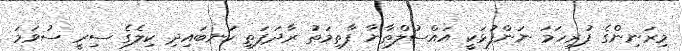
މިރަނިންގެ ފުރިހަމަ ނަންފުޅަކީ އައްސުލްޠާނާ ފާތިމަތު ރާދަފަތި ކަނބައިދި ކިލެގެ ސިރީ ސުވަމަ